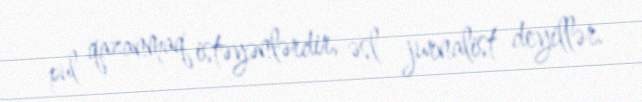
pul qazanmaq istəyənlərdir, əsl jurnalist deyillər.